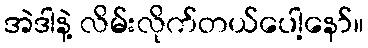
အဲဒါနဲ့ လိမ်းလိုက်တယ်ပေါ့နော်။